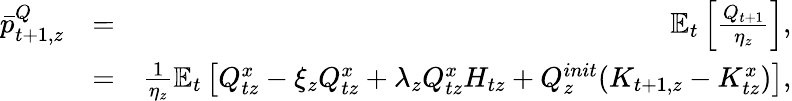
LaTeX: \begin{array}{rlr}{\bar{p}_{t+1,z}^{Q}}&{=}&{\mathbb{E}_{t}\left[\frac{Q_{t+1}}{\eta_{z}}\right],}\\ &{=}&{\frac{1}{\eta_{z}}\mathbb{E}_{t}\left[Q_{tz}^{x}-\xi_{z}Q_{tz}^{x}+\lambda_{z}Q_{tz}^{x}H_{tz}+Q_{z}^{init}(K_{t+1,z}-K_{tz}^{x})\right],}\end{array}